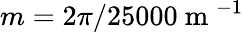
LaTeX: m=2\pi/25000\mathrm{~m~}^{-1}